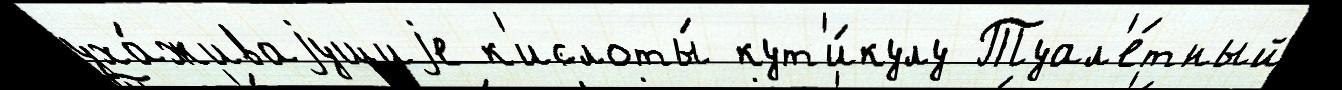
уха́живаjущиjе к'ислоты́ кут'и́кулу Туал'е́тный